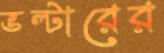
ভল্টারের